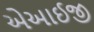
એઆઈજી